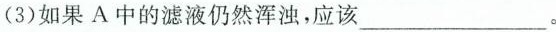
(3)如果A中的滤液仍然浑浊，应该___。